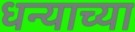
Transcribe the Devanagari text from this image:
धन्याच्या